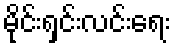
မိုင်းရှင်းလင်းရေး